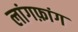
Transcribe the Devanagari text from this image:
लांगफ़ांग